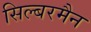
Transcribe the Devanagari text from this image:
सिल्बरमैन